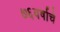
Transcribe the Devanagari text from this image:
७६वर्षाचे